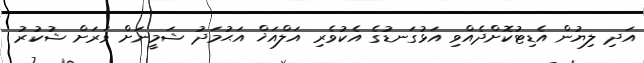
އަދި ލިޔުން އެޑިޓުކޮށްދެއްވި އަޅުގަނޑުގެ އެކުވެރި އަލްއަޚް އަޙުމަދު ޝަމީނަށް ވަރަށް ޝުކުރު